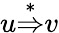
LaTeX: u{\stackrel{*}{\Rightarrow}}v